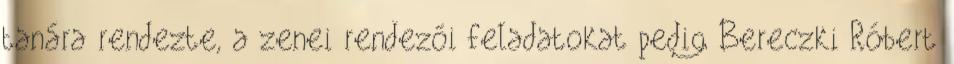
tanára rendezte, a zenei rendezői feladatokat pedig Bereczki Róbert